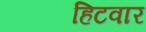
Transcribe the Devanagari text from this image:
हिटवार